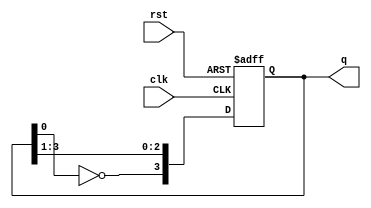
module johnson(q,clk,rst);
  input clk,rst;
  output reg [3:0]q;
  always @(posedge clk,posedge rst)
  begin
    if(rst) q<=4'b1011;
    else
      begin
        q<= q>>1;
        q[3]<= ~q[0];
      end
  end
endmodule

module johnson_tb;
  reg clk,rst;
  wire [3:0]q;
  johnson C2(q,clk,rst);
  
  always
  #5 clk=~clk;
  
  initial
  begin
    rst=1;clk=0;#10;
    
    rst=0;#200;
    $stop;
  end
endmodule